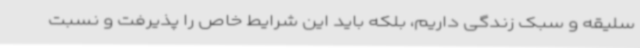
سلیقه و سبک زندگی داریم، بلکه باید این شرایط خاص را پذیرفت و نسبت